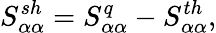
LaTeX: {S_{\alpha\alpha}^{sh}=S_{\alpha\alpha}^{q}-S_{\alpha\alpha}^{th}},